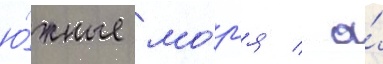
ю́жные мо́р'я / а́